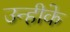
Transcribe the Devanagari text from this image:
उन्हीके